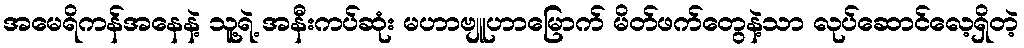
အမေရိကန်အနေနဲ့ သူ့ရဲ့ အနီးကပ်ဆုံး မဟာဗျူဟာမြောက် မိတ်ဖက်တွေနဲ့သာ လုပ်ဆောင်လေ့ရှိတဲ့